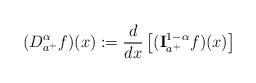
LaTeX: \begin{align*} (D _{a^+}^{\alpha} f)(x):= \frac{d}{dx} \left[ ({\bf I}_{a^+}^{1-\alpha} f)(x)\right]\end{align*}